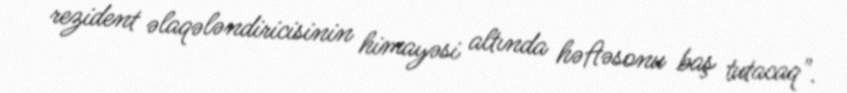
rezident əlaqələndiricisinin himayəsi altında həftəsonu baş tutacaq".